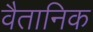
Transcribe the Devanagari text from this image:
वैतानिक